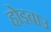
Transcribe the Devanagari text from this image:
होइबाउ